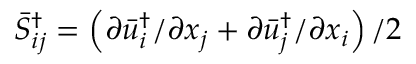
\bar { S } _ { i j } ^ { \dag } = \left( { \partial \bar { u } _ { i } ^ { \dag } / \partial { x _ { j } } + \partial \bar { u } _ { j } ^ { \dag } / \partial { x _ { i } } } \right) / 2